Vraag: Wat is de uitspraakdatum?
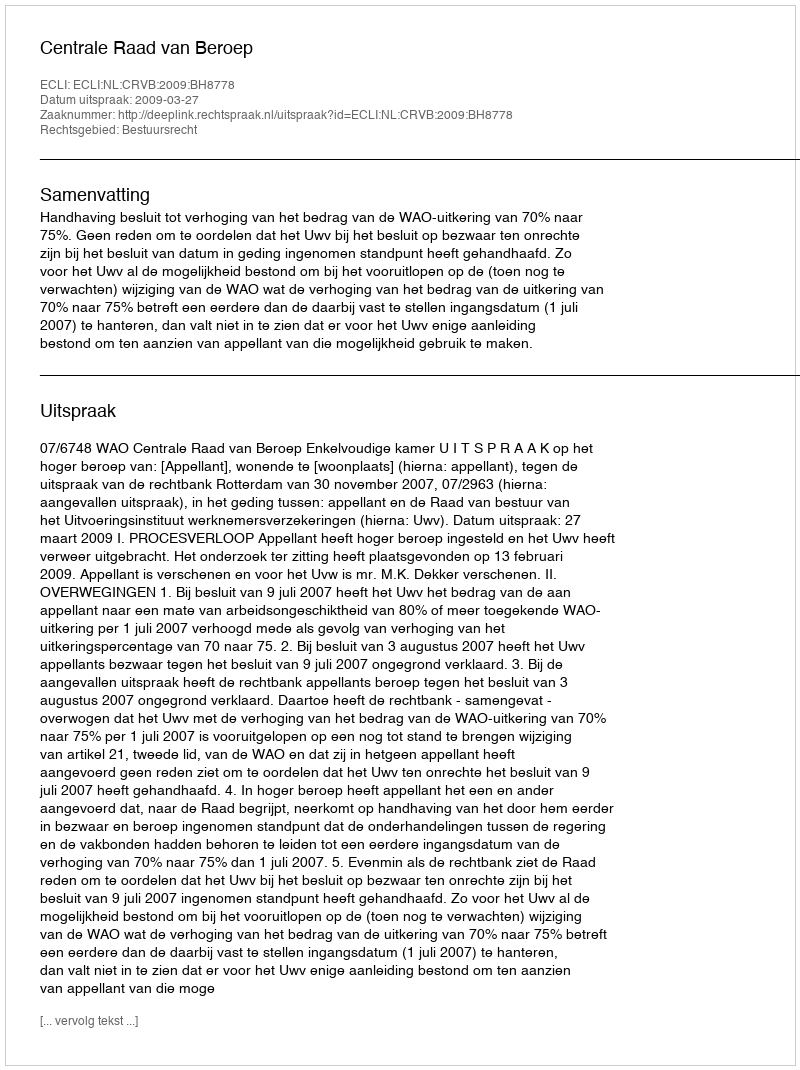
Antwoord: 2009-03-27